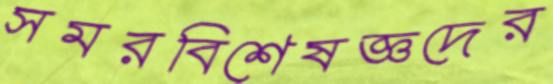
সমরবিশেষজ্ঞদের